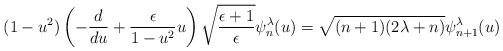
LaTeX: \begin{align*}(1-u^2)\left(-\frac{d}{du}+\frac{\epsilon}{1-u^2}u\right) \sqrt{\frac{\epsilon+1}{\epsilon}}\psi_{n}^{\lambda}(u) = \sqrt{(n+1)(2\lambda+n)}\psi_{n+1}^{\lambda}(u) \end{align*}